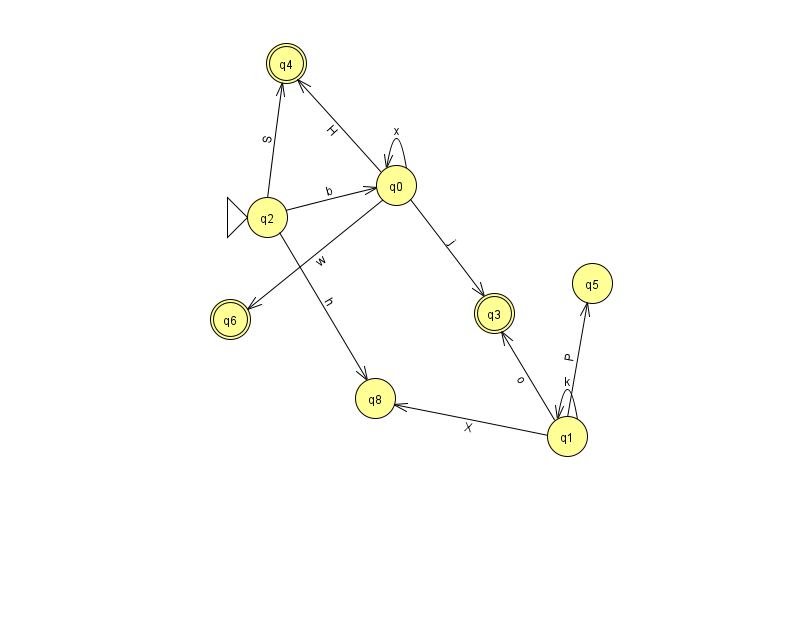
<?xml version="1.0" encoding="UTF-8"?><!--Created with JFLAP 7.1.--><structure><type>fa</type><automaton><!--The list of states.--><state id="0" name="q0"><x>396.0</x><y>172.0</y></state><state id="1" name="q1"><x>567.0</x><y>423.0</y></state><state id="2" name="q2"><x>267.0</x><y>204.0</y><initial/></state><state id="3" name="q3"><x>494.0</x><y>300.0</y><final/></state><state id="4" name="q4"><x>286.0</x><y>50.0</y><final/></state><state id="5" name="q5"><x>592.0</x><y>270.0</y></state><state id="6" name="q6"><x>230.0</x><y>306.0</y><final/></state><state id="8" name="q8"><x>375.0</x><y>385.0</y></state><!--The list of transitions.--><transition><from>0</from><to>4</to><read>H</read></transition><transition><from>2</from><to>4</to><read>S</read></transition><transition><from>1</from><to>3</to><read>o</read></transition><transition><from>0</from><to>0</to><read>x</read></transition><transition><from>2</from><to>0</to><read>b</read></transition><transition><from>0</from><to>3</to><read>j</read></transition><transition><from>0</from><to>6</to><read>w</read></transition><transition><from>1</from><to>1</to><read>k</read></transition><transition><from>1</from><to>8</to><read>X</read></transition><transition><from>1</from><to>5</to><read>P</read></transition><transition><from>2</from><to>8</to><read>h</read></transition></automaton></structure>